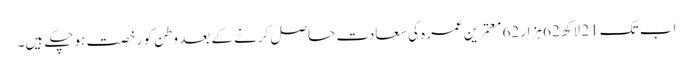
اب تک 21 لاکھ 62 ہزار 62 معتمرین عمرہ کی سعادت حاصل کرنے کے بعد وطن کو رخصت ہو چکے ہیں۔